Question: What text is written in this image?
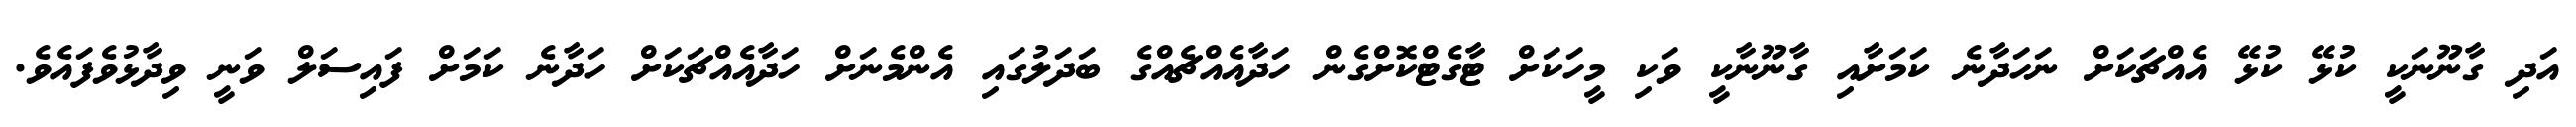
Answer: އަދި ގާނޫނަކީ ކުޅޭ ކުޅޭ އެއްޗަކަށް ނަހަދާނެ ކަމަށާއި ގާނޫނާކީ ވަކި މީހަކަށް ޓާގެޓްކޮށްގެން ހަދާއެއްޗެއްގެ ބަދަލުގައި އެންމެނަށް ހަދާއެއްޗަކަށް ހަދާނެ ކަމަށް ފައިސަލް ވަނީ ވިދާޅުވެފައެވެ.